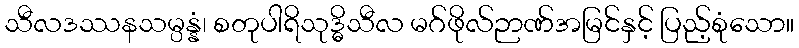
သီလဒဿနသမ္ပန္နံ၊ စတုပါရိသုဒ္ဓိသီလ မဂ်ဖိုလ်ဉာဏ်အမြင်နှင့် ပြည့်စုံသော။